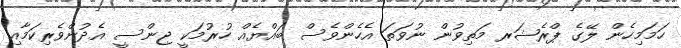
ހަމަމިހެން ލޭގެ ޕްރެޝަރ މަތިވުން ނުވަތަ އެހެންވެސް ބައްޔެއް ހުރުމަކީ ޖިންސީ އެދުންވެރިކަމާއި